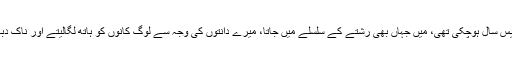
’’میری عمر چالیس سال ہوچکی تھی، میں جہاں بھی رشتے کے سلسلے میں جاتا، میرے دانتوں کی وجہ سے لوگ کانوں کو ہاتھ لگالیتے اور ناک دباکر بھاگ جاتے۔